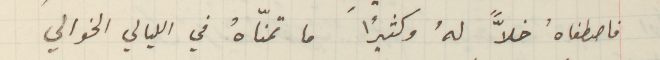
فاصطفاهُ خلاًّ لهُ وكثيرًا ما تمنّاهُ في الليالي الخوالي